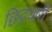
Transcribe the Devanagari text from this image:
छिद्रधारी